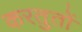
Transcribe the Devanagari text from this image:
करतुतों